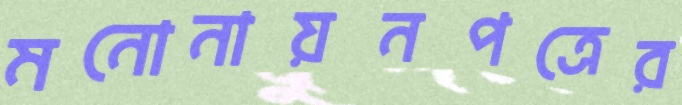
মনোনায়নপত্রের